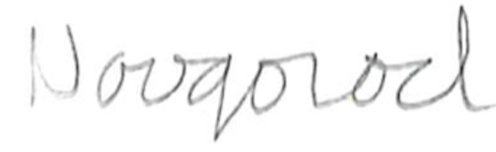
Text: Novgorod
Cross-out: clean
Writing tool: pencil